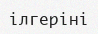
ілгеріні